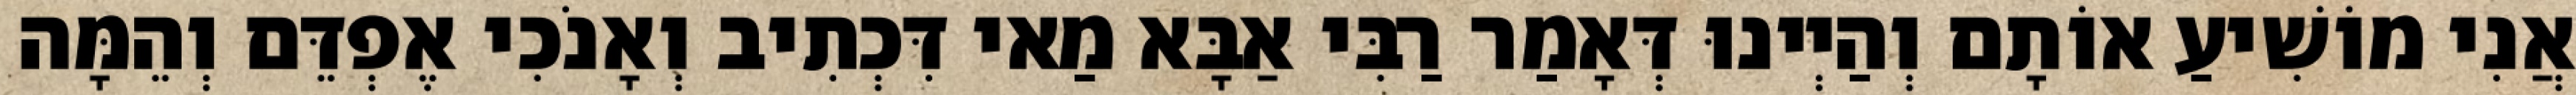
אֲנִי מוֹשִׁיעַ אוֹתָם וְהַיְינוּ דְּאָמַר רַבִּי אַבָּא מַאי דִּכְתִיב וְאָנֹכִי אֶפְדֵּם וְהֵמָּה